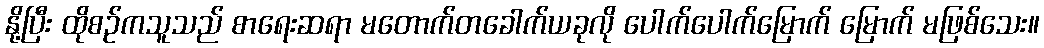
နို့ပြီး ထိုစဉ်ကသူသည် စာရေးဆရာ မတောက်တခေါက်ယခုလို ပေါက်ပေါက်မြောက် မြောက် မဖြစ်သေး။